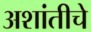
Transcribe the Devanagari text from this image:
अशांतीचे